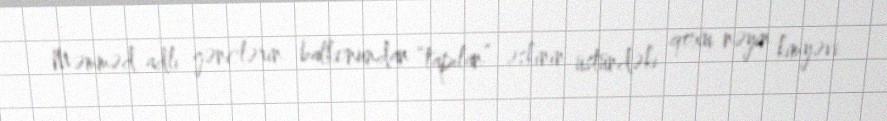
Məmməd adlı gənclərin balkonundan “tapılan” əskinin üstündəki qoxu nəyin kimyəvi